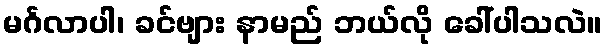
မင်္ဂလာပါ၊ ခင်ဗျား နာမည် ဘယ်လို ခေါ်ပါသလဲ။